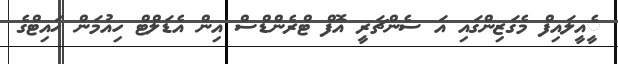
ެީއީލައިފް މެގަޒިންގައި އަ ސެންޗަރީ އޮފް ޓްރެންޑްސް އިން އެޑަލްޓް ހިއުމަން ހައިޓްގެ